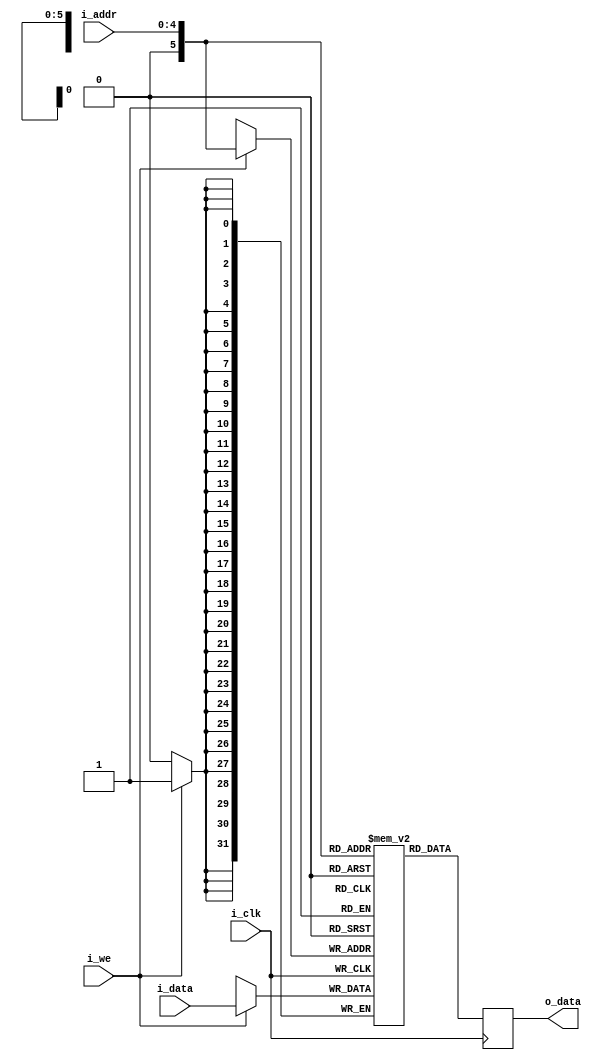
module ram(i_clk, i_addr, i_data, i_we, o_data);
	parameter DATA_WIDTH = 32;
	parameter ADDR_WIDTH = 5; //32 4-byte words 

	input                     i_clk, i_we;
	input   [ADDR_WIDTH-1:0]  i_addr;
	input   [DATA_WIDTH-1:0]  i_data;
	output reg [DATA_WIDTH-1:0]  o_data;

	reg [DATA_WIDTH-1:0] mem [2**ADDR_WIDTH:0];
	
	always @(posedge i_clk) begin
		if(i_we) mem[i_addr] <= i_data;
		o_data <= mem[i_addr];
	end
  
endmodule